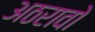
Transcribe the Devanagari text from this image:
अठरावो